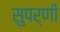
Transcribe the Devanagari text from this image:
सुपर्णी